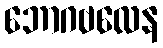
ဘောဂဗလေန